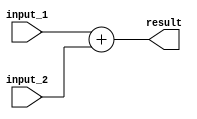
// full adder 

module adder #(parameter length = 64)
			(
			input 		[length-1:0] input_1,
			input 		[length-1:0] input_2,
			output wire [length-1:0] result 
			);

 assign result = input_1 + input_2 ;

endmodule